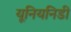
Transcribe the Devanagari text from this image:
यूनियनिडी